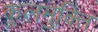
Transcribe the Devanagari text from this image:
कुलमुक्ति